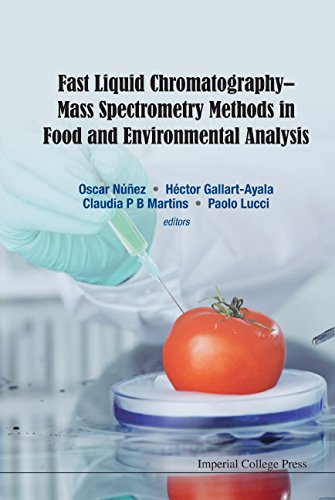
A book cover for Fast Liquid Chromatography-Mass Spectrometry Methods in Food and Environmental Analysis; Oscar Nunez; Science & Math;